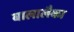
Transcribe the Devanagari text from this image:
बालालैका